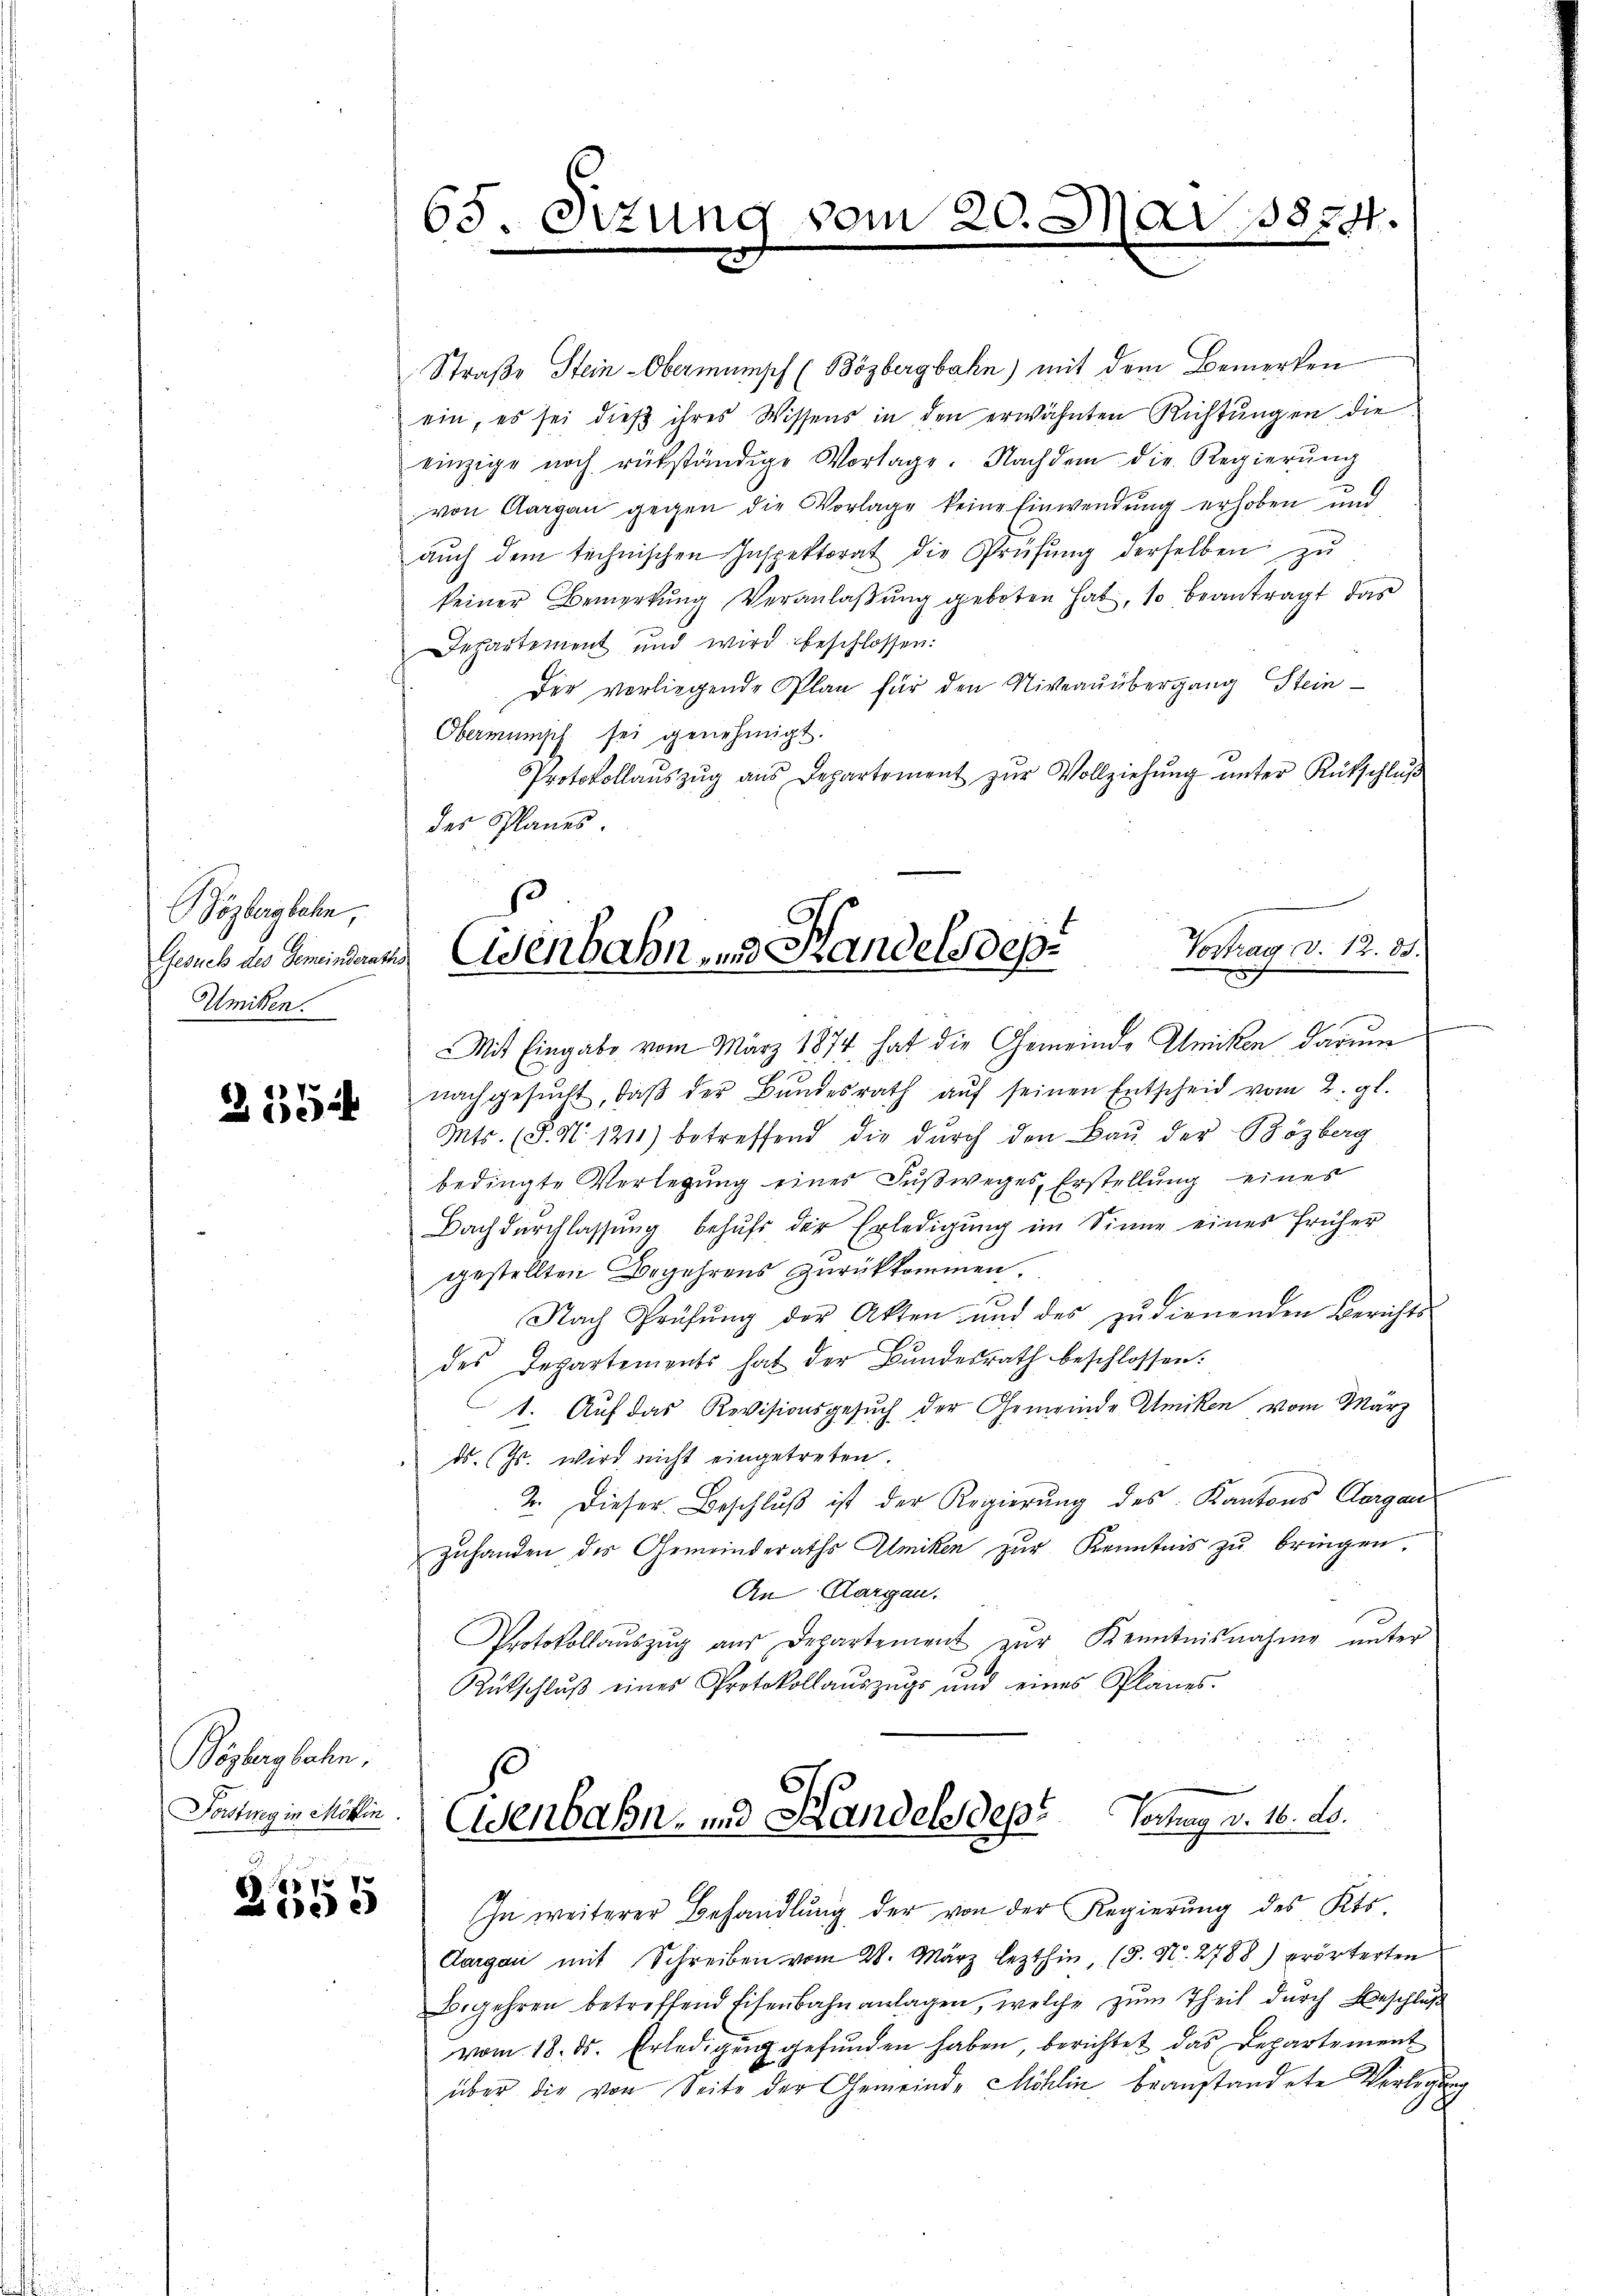
Bözbergbahn
Gesuch des Gemeinderaths
Umiken.

315

Bögbergbahn,
Forstweg in Mölin.

8
2005

65. Sizung vom 20. Mai 1874.

Straße Stein-Obermumpf (Bözbergbahn) mit dem Bemerken
ein; es sei dieß ihres Wissens in den erwähnten Richtungen die
einzige noch rükständige Vortage. Nachdem die Regierung
von Aargau gegen die Vorlage keine Einwendung erhoben und
aŭch dem technischen Inspektorat die Prüfŭng derselben zu
keiner Bemerkung Veranlaßung geboten hat, so beantragt, das
Departement und wird beschlossen:
Der vorliegende Plan für den Niveauübergang Stein¬
Obermumsch sei genehmigt.
Protokollaŭszŭg ans Departement zŭr Vollziehŭng ŭnter Rütschlŭβ
des Planes
Mit Eingabe vom März 1874 hat die Gemeinde Uniken, darum
nachgesŭcht, daβ der Bŭndesrath aŭf seinen Entscheid vom 2. gl.
Mts. (§ 51. 1211) betreffend die dŭrch den Baŭ der Bözberg
bedingte Verlegung eines Fußweges, Erstellung eines
Bach durchlassung behufs der Erledigung im Sinne eines früher
gestellten Begehrens zurückkommen.
Nach Prüfŭng der Akten und des zŭ dienenden Berichts-
des Departements hat der Bŭndesrath beschlossen:
1. Auf das Revisionsgesuch der Gemeinde Umiken vom März
ds. Js. wird nicht eingetreten
2. Dieser Beschluß ist der Regierung des Kantons Aargau
zuhanden des Gemeinderaths Ulmiken zur Kenntnis zu bringen
An Aargau.
Protokollaŭszŭg aŭs Departement zŭr Kenntnisnahme unter
Rütschlŭβ eines Protokollaŭszŭgs und eines Planes.

Vortrag d. 12. 85.
Eisenbahn- und Handels des

Eisenbahn- und Handels des Vortrag v. 16. d.

In weiterer Behandlung der von der Regierung des Kts.
Aargau mit Schreiben vom 28. März lezthin, (3. N. 2788) erörterten
Begehren betreffend Eisenbahnanlagen, welche zum Theil durch Beschluß
vom 18. ds. Erledigung gefunden haben, berichtet das Departement
über die von Seite der Gemeinde Möhlin beanstandete Verlegung